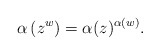
\begin{align*}\alpha\left(z^w \right) = \alpha(z)^{\alpha(w)}. \end{align*}